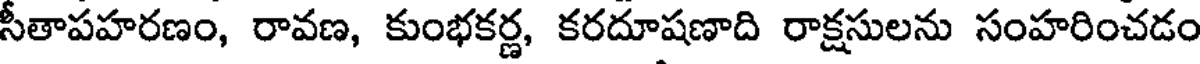
సీతాపహరణం, రావణ, కుంభకర్ణ, కరదూషణాది రాక్షసులను సంహరించడం